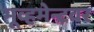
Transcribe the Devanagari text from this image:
मूव्हमेन्टवर